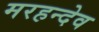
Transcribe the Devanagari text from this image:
मरहन्देव